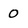
Character: 0